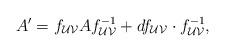
LaTeX: \begin{align*}A^{\prime} = f_{{\cal{U}}{\cal{V}}}Af^{-1}_{{\cal{U}}{\cal{V}}} +df_{{\cal{U}}{\cal{V}}} \cdot f^{-1}_{{\cal{U}}{\cal{V}}},\end{align*}